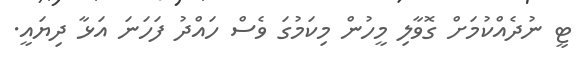
ޓީ ނުދެއްކުމަށް ގޮވާލި މީހުން މިކަމުގަ ވެސް ހައްދު ފަހަނަ އަޅާ ދިޔައީ.